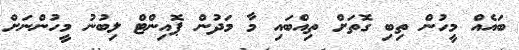
ބައެއް މީހުން ތިބި ގޮތަށް ތިއްބައި މާ މަދުން ޕޮއިންޓް ލިބުނު މީހުންނަށް